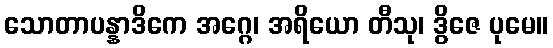
သောတာပန္နာဒိကေ အဂ္ဂေ၊ အရိယော တီသု၊ ဒွိဇေ ပုမေ။